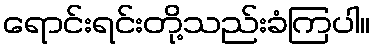
ရောင်းရင်းတို့သည်းခံကြပါ။